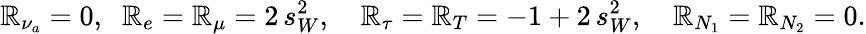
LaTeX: \mathbb{R}_{\nu_{a}}=0,\; \; \mathbb{R}_{e}=\mathbb{R}_{\mu}=2\, s_{W}^{2},\quad\mathbb{R}_{\tau}=\mathbb{R}_{T}=-1+2\, s_{W}^{2},\quad\mathbb{R}_{N_{1}}=\mathbb{R}_{N_{2}}=0.